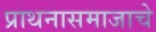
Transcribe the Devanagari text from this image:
प्राथनासमाजाचे